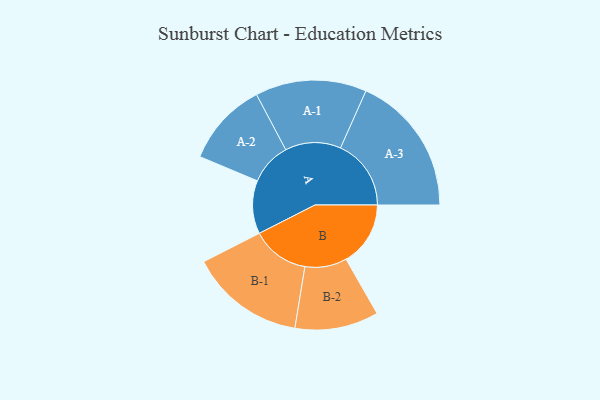
{"axis": {"x": "Segment", "y": "Value"}, "legend": ["", "A", "B"], "data": [{"x": "A", "y": 224, "type": ""}, {"x": "B", "y": 271, "type": ""}, {"x": "A-1", "y": 234, "type": "A"}, {"x": "A-2", "y": 177, "type": "A"}, {"x": "A-3", "y": 297, "type": "A"}, {"x": "B-1", "y": 242, "type": "B"}, {"x": "B-2", "y": 176, "type": "B"}]}